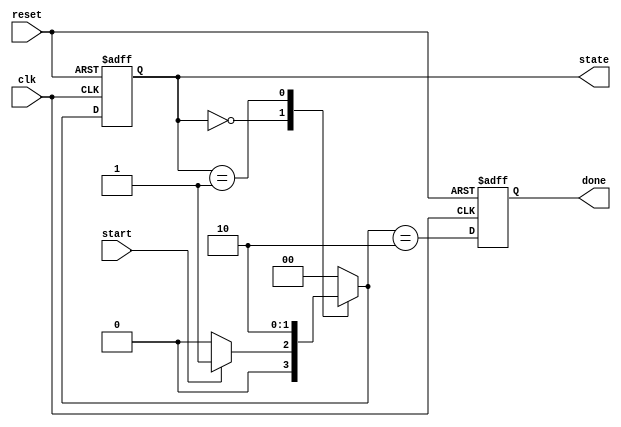
module fsm_example (
    input wire clk,          // Clock input
    input wire reset,        // Reset input
    input wire start,        // Start signal
    output reg [1:0] state,  // Current state output
    output reg done         // Done signal
);

// State declaration
parameter IDLE = 2'b00,
          RUNNING = 2'b01,
          DONE = 2'b10;

// Signal declaration
reg [1:0] next_state;

// Task definition for state transition
task update_state;
    input [1:0] new_state;
    begin
        state <= new_state; // Non-blocking assignment to update state
    end
endtask

// Combinational logic for next state
always @* begin
    case (state)
        IDLE: begin
            if (start)
                next_state = RUNNING;
            else
                next_state = IDLE;
        end
        RUNNING: begin
            // Logic for RUNNING state (example condition)
            next_state = DONE; // Transition to DONE state
        end
        DONE: begin
            next_state = IDLE; // Transition back to IDLE
        end
        default: next_state = IDLE; // Default case
    endcase
end

// Sequential logic for state update and done signal
always @(posedge clk or posedge reset) begin
    if (reset) begin
        state <= IDLE; // Reset state to IDLE
        done <= 0;     // Reset done signal
    end else begin
        update_state(next_state); // Call task to update state
        done <= (next_state == DONE); // Set done signal based on state
    end
end

endmodule